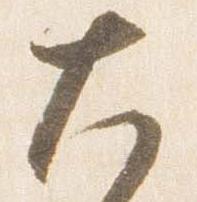
大